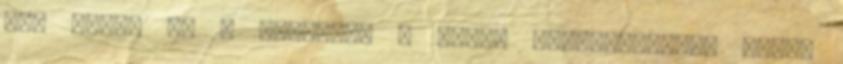
fia viszi el a szekeret a démon barlangjához. Bhíma